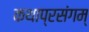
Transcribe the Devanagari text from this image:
कथाप्रसंगम्